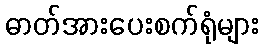
ဓာတ်အားပေးစက်ရုံများ